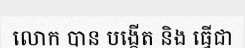
លោក បាន បង្កើត និង ធ្វើជា